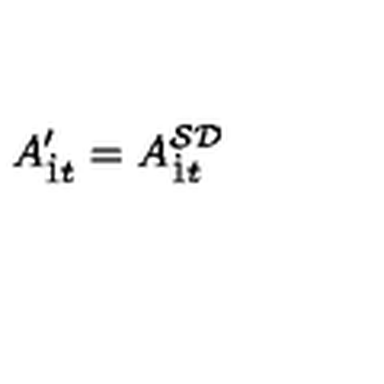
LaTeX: A _ { { \dot { 1 } } t } ^ { \prime } = A _ { { \dot { 1 } } t } ^ { { \cal S D } }